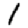
Digit: 1